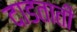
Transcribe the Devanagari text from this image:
दाडताती